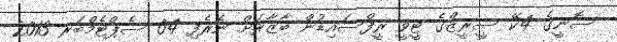
ސޮނީގެ 4ކޭ ސީރީޒްގެ ޓީވީ ރީފްސައިޑުން ބާޒާރަށް ނެރެފި 04 ސެޕްޓެމްބަރ 2013